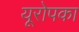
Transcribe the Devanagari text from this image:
यूरोपका